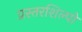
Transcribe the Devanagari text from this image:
प्रस्तरशिल्पों